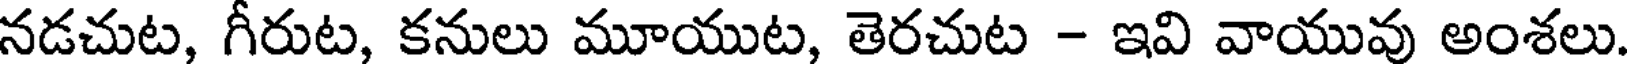
నడచుట, గీరుట, కనులు మూయుట, తెరచుట - ఇవి వాయువు అంశలు